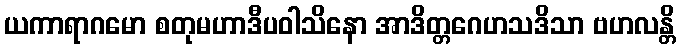
ယကာရာဂမော စတုမဟာဒီပဝါသိနော အာဒိတ္တဂေဟသဒိသာ ဗဟလန္တိ